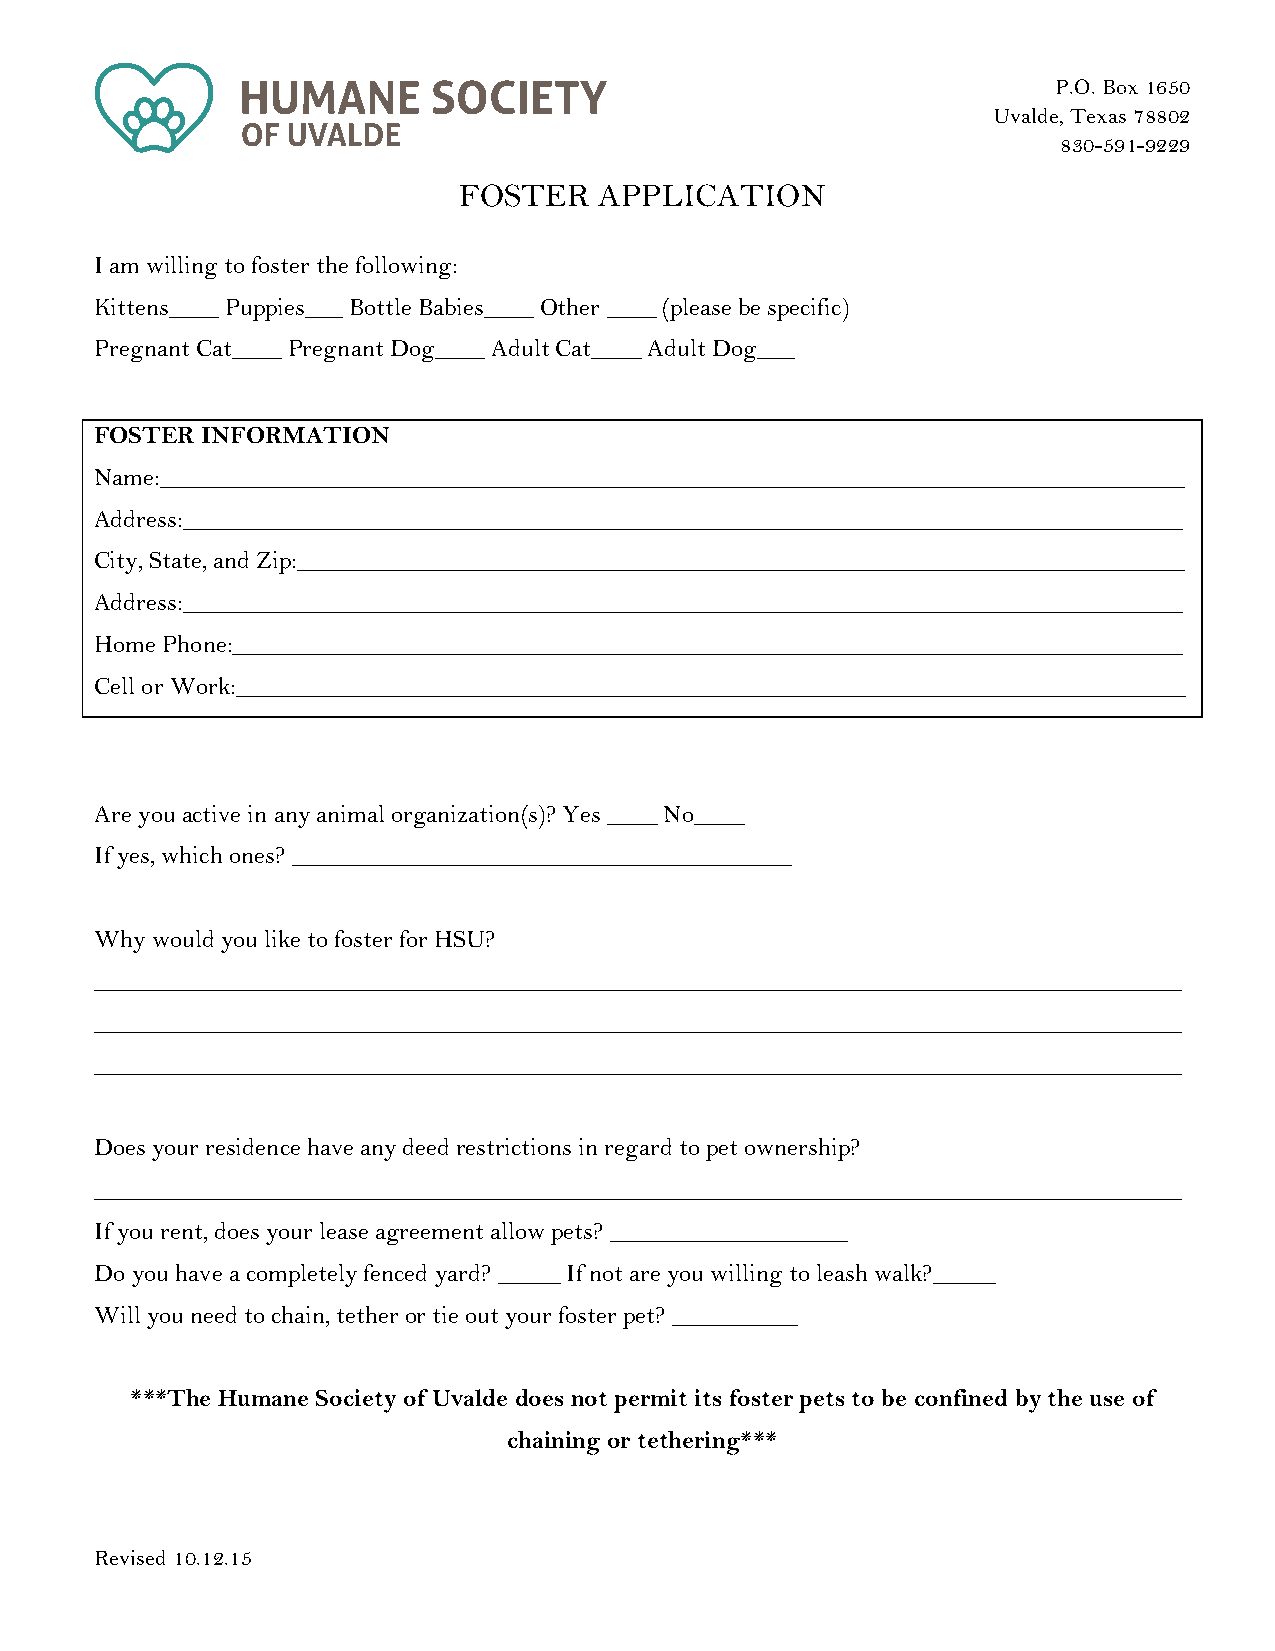
P.O. Box 1650
 Uvalde, Texas 78802
 830-591-9229
 FOSTER    APPLICATION
 I am willing to foster the following:
 Kittens____ Puppies___ Bottle Babies____ Other ____ (please be specific)
 Pregnant Cat____ Pregnant Dog____ Adult Cat____ Adult Dog___
 FOSTER INFORMATION
 Name:__________________________________________________________________________________
 Address:________________________________________________________________________________
 City, State, and Zip:_______________________________________________________________________
 Address:________________________________________________________________________________
 Home Phone:____________________________________________________________________________
 Cell or Work:____________________________________________________________________________
 Are you active in any animal organization(s)? Yes ____ No____
 If yes, which ones? ________________________________________
 Why would you like to foster for HSU?
 _______________________________________________________________________________________
 _______________________________________________________________________________________
 _______________________________________________________________________________________
 Does your residence have any deed restrictions in regard to pet ownership?
 _______________________________________________________________________________________
 If you rent, does your lease agreement allow pets? ___________________
 Do you have a completely fenced yard? _____ If not are you willing to leash walk?_____
 Will you need to chain, tether or tie out your foster pet? __________
 ***The Humane Society of Uvalde does not permit its foster pets to be confined by the use of
 chaining or tethering***
 Revised 10.12.15